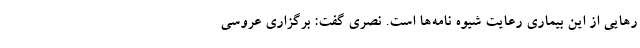
رهایی از این بیماری رعایت شیوه نامه‌ها است. نصری گفت: برگزاری عروسی